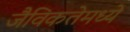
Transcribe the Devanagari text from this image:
जैविकतेमध्ये